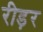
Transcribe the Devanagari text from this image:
रीड़र